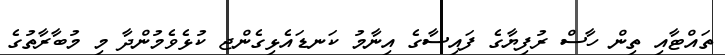
ތައްޓާއި ތިން ހާސް ރުފިޔާގެ ފައިސާގެ އިނާމު ކަނޑައެޅިގެންޖ ކުޅެވެމުންދާ މި މުބާރާތުގެ